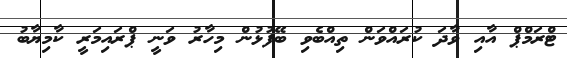
ޓްރަމްޕް އާއި ވާދަ ކުރައްވަން ތިއްބެވި ބޭފުޅުން މިހާރު ވަނީ ޕްރައިމަރީ ކާމިޔާބު